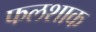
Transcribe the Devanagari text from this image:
फलशाक